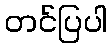
တင်ပြပါ